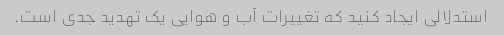
استدلالی ایجاد کنید که تغییرات آب و هوایی یک تهدید جدی است.